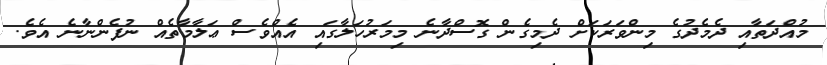
މުއްދަތާއި ދެމެދުގެ މިންވަރަކަށް ދެމިގެން ގޮސްދާނެ މިމަރުހަލާގައި އެއްވެސް ޢަލާމާތެއް ނުފެންނާނެ އެވެ.